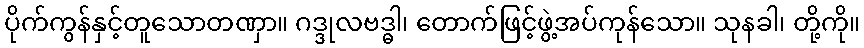
ပိုက်ကွန်နှင့်တူသောတဏှာ။ ဂဒ္ဒုလဗဒ္ဓါ၊ တောက်ဖြင့်ဖွဲ့အပ်ကုန်သော။ သုနခါ၊ တို့ကို။